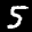
Label: 5